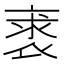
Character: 𧚍